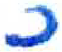
אות: כ